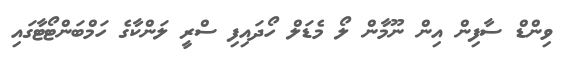
ވިންޑް ސާފިން އިން ނޫމާން ލޯ މެޑަލް ހޯދައިފި ސްރީ ލަންކާގެ ހަމްބަންޓޯޓާގައި